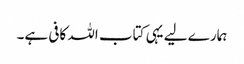
ہمارے لیے یہی کتاب اللہ کافی ہے۔